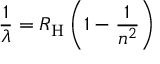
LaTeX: { \frac { 1 } { \lambda } } = R _ { \mathrm { H } } \left( 1 - { \frac { 1 } { n ^ { 2 } } } \right)